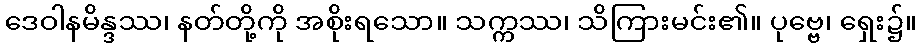
ဒေဝါနမိန္ဒဿ၊ နတ်တို့ကို အစိုးရသော။ သက္ကဿ၊ သိကြားမင်း၏။ ပုဗ္ဗေ၊ ရှေး၌။